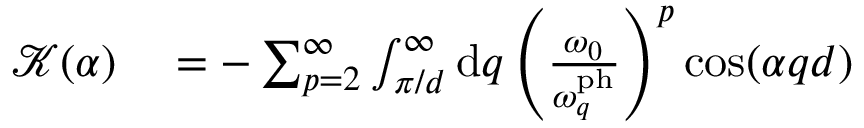
\begin{array} { r l } { \mathcal { K } ( \alpha ) } & { { } = - \sum _ { p = 2 } ^ { \infty } \int _ { \pi / d } ^ { \infty } \mathrm { d } q \left( \frac { \omega _ { 0 } } { \omega _ { q } ^ { \mathrm { p h } } } \right) ^ { p } \cos ( \alpha q d ) } \end{array}